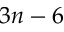
3 n - 6